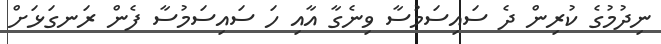
ނިދުމުގެ ކުރިން ދެ ސައިސަމުސާ ވިނެގާ އާއި ހަ ސައިސަމުސާ ފެން ރަނގަޅަށް